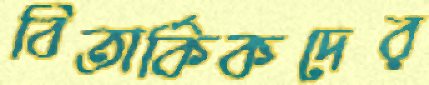
বিতার্কিকদের